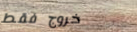
خروج فقط